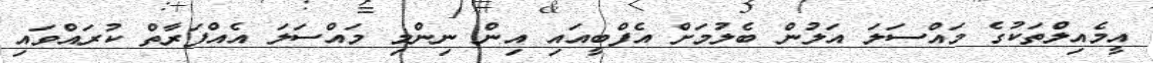
އީމެއިލްތަކުގެ މައްސަލަ އަލުން ބެލުމަށް އެފްބީއައި އިން ނިންމި މައްސަލަ އެއްފަރާތް ކުރައްވައި